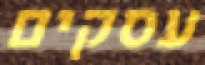
עסקים